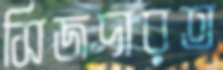
সিজদারত